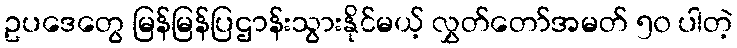
ဥပဒေတွေ မြန်မြန်ပြဌာန်းသွားနိုင်မယ့် လွှတ်တော်အမတ် ၅၀ ပါတဲ့